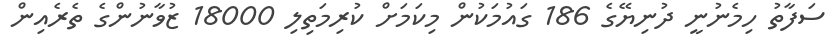
ސަފާތު ހިމެނުނީ ދުނިޔޭގެ 186 ގައުމަކުން މިކަމަށް ކުރިމަތިލި 18000 ޒުވާނުންގެ ތެރެއިން